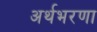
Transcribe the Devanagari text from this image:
अर्थभरणा